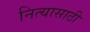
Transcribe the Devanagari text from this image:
नित्यासाठी